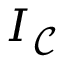
I _ { \mathcal { C } }